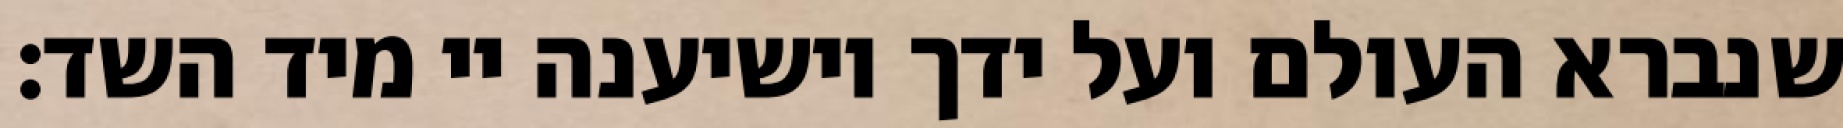
שנברא העולם ועל ידך יושיענה יי מיד השד: